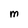
Character: M